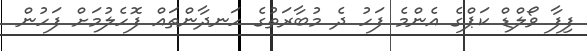
ފިފާ ވޯލްޑް ކަޕްގެ އެންމެ ފަހު ދެ މުބާރަތުގެ ހަނދާންތައް ފޮހެލުމަށް ފަހުން